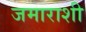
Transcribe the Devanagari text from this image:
जमाराशी